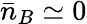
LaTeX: \bar{n}_{B}\simeq 0